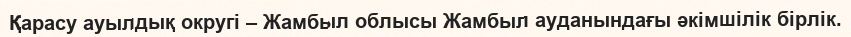
Қарасу ауылдық округі – Жамбыл облысы Жамбыл ауданындағы әкімшілік бірлік.